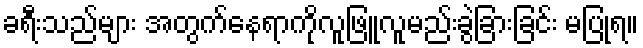
ခရီးသည်များ အတွက်နေရာကိုလူဖြူလူမည်းခွဲခြားခြင်း မပြုရ။